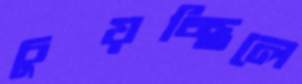
চুয়চ্ছিলে